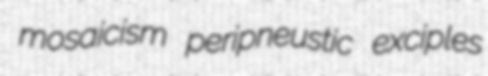
mosaicism peripneustic exciples